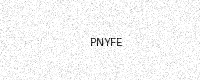
Text: PNYFE